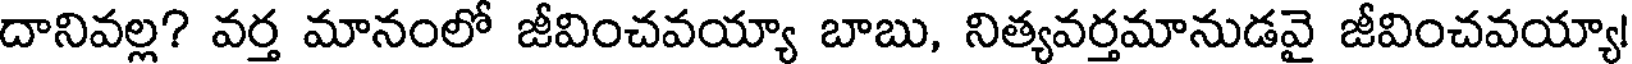
దానివల్ల? వర్త మానంలో జీవించవయ్యా బాబు, నిత్యవర్తమానుడవై జీవించవయ్యా